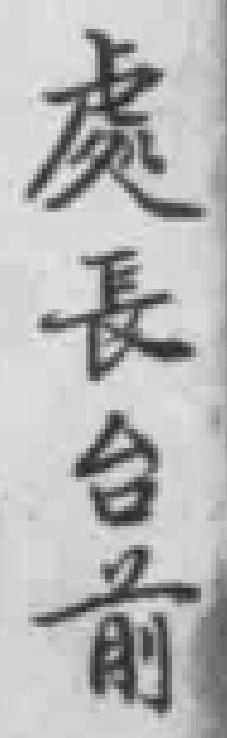
處長台前